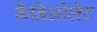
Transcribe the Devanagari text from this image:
कैब्रिओलेट